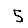
Digit: 5